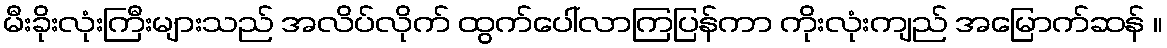
မီးခိုးလုံးကြီးများသည် အလိပ်လိုက် ထွက်ပေါ်လာကြပြန်ကာ ကိုးလုံးကျည် အမြောက်ဆန် ။